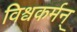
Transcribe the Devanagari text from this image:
विश्वकर्मन्‌